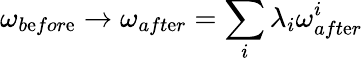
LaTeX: \omega_{b\mathrm{e}for\mathrm{e}}\rightarrow\omega_{aft\mathrm{e}r}=\sum_{i}\lambda_{i}\omega_{aft\mathrm{e}r}^{i}